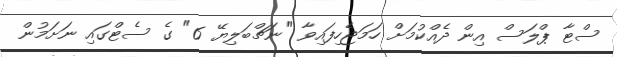
ސްޓާ ޕްލަސް އިން ދެއްކުމަށް ހަމަޖެހިފައިވާ "ނަޗްބަލިޔޭ 6" ގެ ސެޓްގައި ނަށަމުން